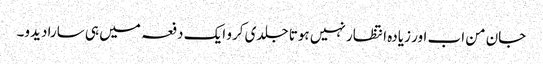
جان من اب اور زیادہ انتظار نہیں ہوتا جلدی کرو ایک دفعہ میں ہی سارا دیدو۔